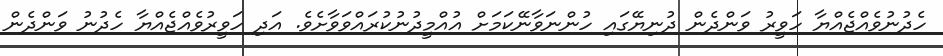
ހެދުނުވެއްޖެއްޔާ ހަވީރު ވަންދެން ދުނިޔޭގައި ހުންނަވާނޭކަމަށް އުއްމީދުނުކުރައްވަވާށެވެ. އަދި ހަވީރުވެއްޖެއްޔާ ހެދުނު ވަންދެން